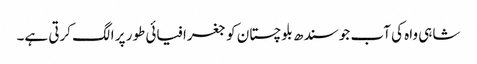
شاہی واہ کی آب جو سندھ بلوچستان کو جغرافیائی طور پر الگ کرتی ہے۔